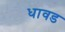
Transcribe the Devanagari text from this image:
धावड